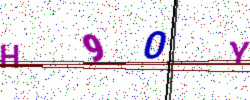
Text: H90Y